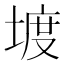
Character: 𡍨